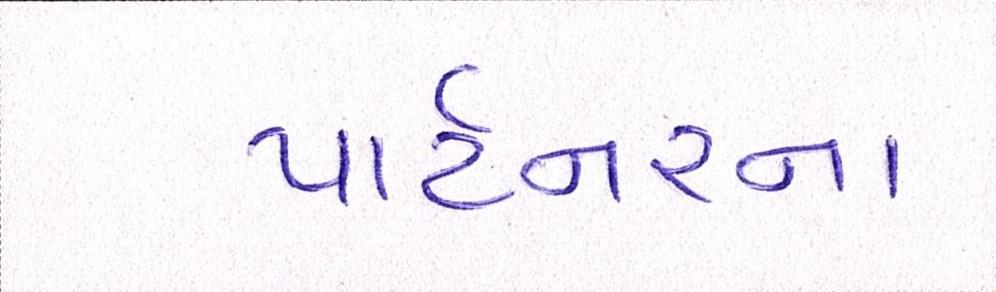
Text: પાર્ટનરના